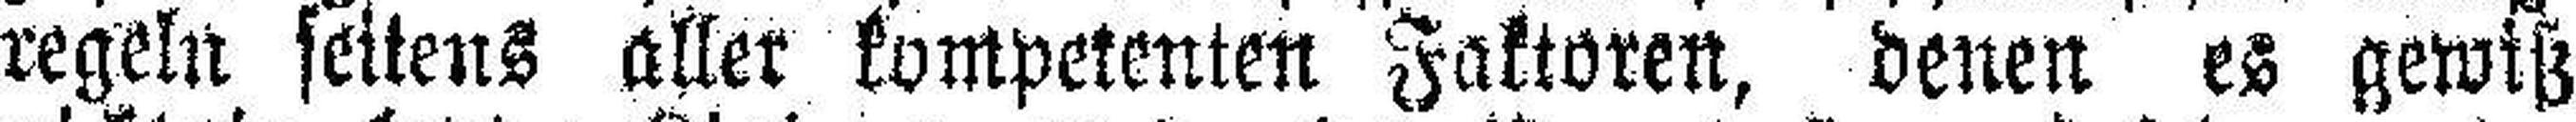
regeln seitens aller kompetenten Faktoren, denen es gewiß